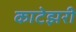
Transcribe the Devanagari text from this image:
काटेझरी